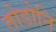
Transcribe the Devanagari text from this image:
तोडोनि